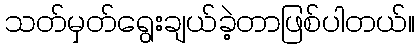
သတ်မှတ်ရွေးချယ်ခဲ့တာဖြစ်ပါတယ်။